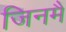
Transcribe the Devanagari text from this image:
जिनमैं